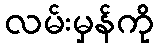
လမ်းမှန်ကို